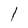
Character: l